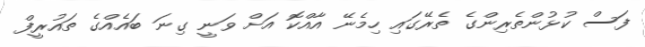
ފަސް ކުޅުންތެރިންގެ ތެރޭގައި ހިމެނޭ އާއްކޮ އަށް ވަނީ ގިނަ ބައެއްގެ ތައުރީފް